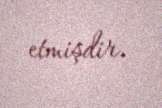
etmişdir.